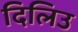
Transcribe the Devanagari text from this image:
दिलिउ